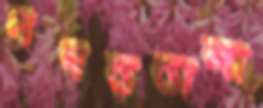
নগড়ডালা